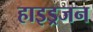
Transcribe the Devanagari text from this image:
हाइड्रजन